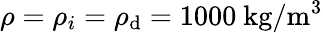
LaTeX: \rho=\rho_{i}=\rho_{\mathrm{d}}=1000~{\textrm{{kg}}}/{\textrm{{m}}^{3}}